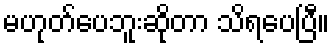
မဟုတ်ပေဘူးဆိုတာ သိရပေပြီ။